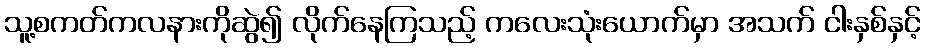
သူ့စကတ်ကလနားကိုဆွဲ၍ လိုက်နေကြသည့် ကလေးသုံးယောက်မှာ အသက် ငါးနှစ်နှင့်